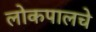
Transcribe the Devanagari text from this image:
लोकपालचे